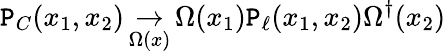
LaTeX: \mathtt{P}_{C}(x_{1},x_{2})\mathop\to_{\Omega(x)}\Omega(x_{1})\mathtt{P}_{\ell}(x_{1},x_{2})\Omega^{\dagger}(x_{2})